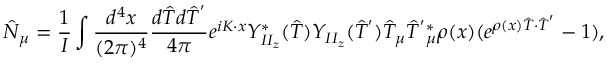
\hat { N } _ { \mu } = \frac { 1 } { \cal { I } } \int \frac { d ^ { 4 } x } { ( 2 \pi ) ^ { 4 } } \frac { d \hat { T } d \hat { T } ^ { ' } } { 4 \pi } e ^ { i K \cdot x } Y _ { I I _ { z } } ^ { * } ( \hat { T } ) Y _ { I I _ { z } } ( \hat { T } ^ { ' } ) \hat { T } _ { \mu } \hat { T } ^ { ' } { } _ { \mu } ^ { * } \rho ( x ) ( e ^ { \rho ( x ) \hat { T } \cdot \hat { T } ^ { ' } } - 1 ) ,